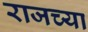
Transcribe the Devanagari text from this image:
राजच्या